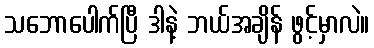
သဘောပေါက်ပြီ ဒါနဲ့ ဘယ်အချိန် ဖွင့်မှာလဲ။